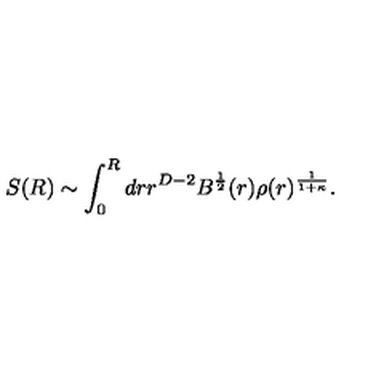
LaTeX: S ( R ) \sim \int _ { 0 } ^ { R } d r r ^ { D - 2 } B ^ { \frac { 1 } { 2 } } ( r ) \rho ( r ) ^ { \frac { 1 } { 1 + \kappa } } .